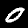
Digit: 0